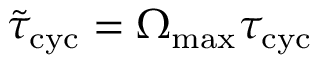
\tilde { \tau } _ { \mathrm { c y c } } = \Omega _ { \mathrm { m a x } } \tau _ { \mathrm { c y c } }